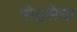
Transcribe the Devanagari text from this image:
गोडसेचा